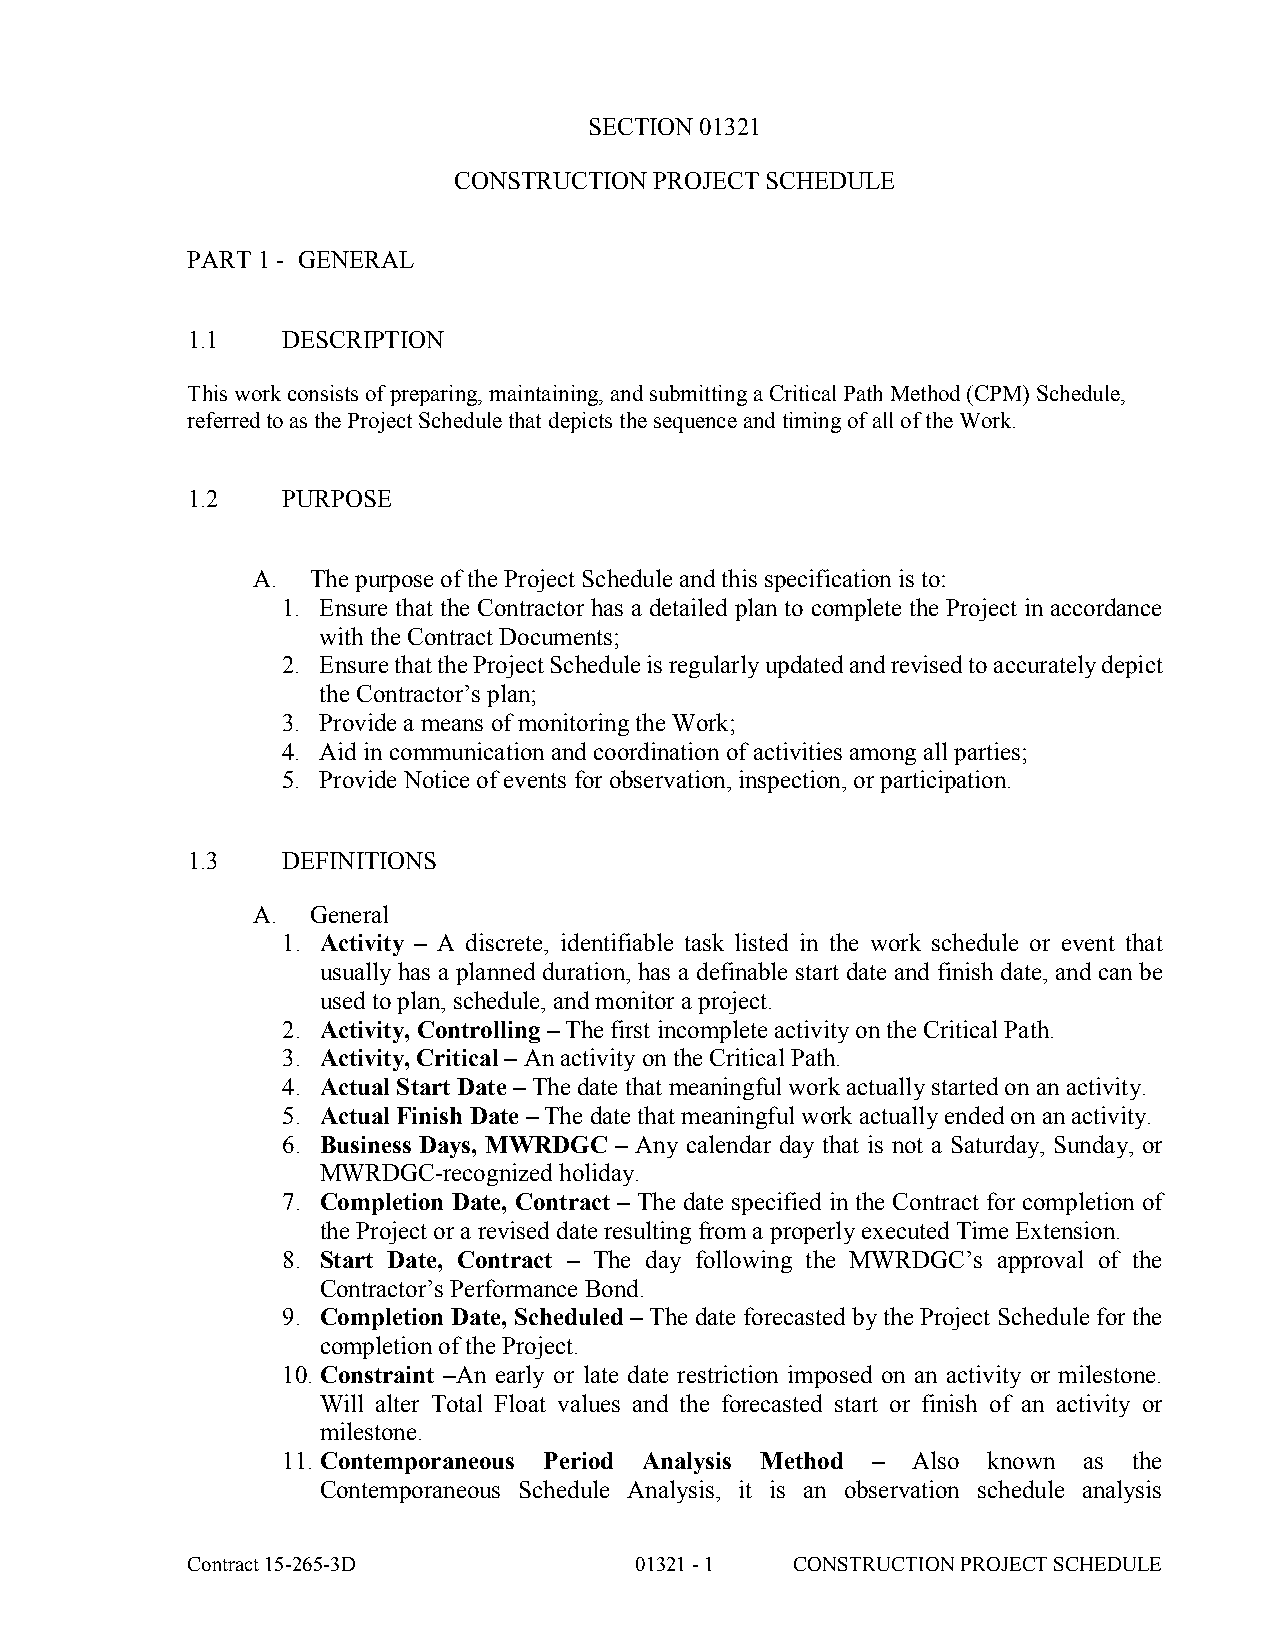
SECTION 01321
 CONSTRUCTION PROJECT SCHEDULE
 PART 1 - GENERAL
 1.1    DESCRIPTION
 This work consists of preparing, maintaining, and submitting a Critical Path Method (CPM) Schedule,
 referred to as the Project Schedule that depicts the sequence and timing of all of the Work.
 1.2    PURPOSE
 A.  The purpose of the Project Schedule and this specification is to:
 1. Ensure that the Contractor has a detailed plan to complete the Project in accordance
 with the Contract Documents;
 2. Ensure that the Project Schedule is regularly updated and revised to accurately depict
 the Contractor’s plan;
 3. Provide a means of monitoring the Work;
 4. Aid in communication and coordination of activities among all parties;
 5. Provide Notice of events for observation, inspection, or participation.
 1.3    DEFINITIONS
 A.  General
 1. Activity – A discrete, identifiable task listed in the work schedule or event that
 usually has a planned duration, has a definable start date and finish date, and can be
 used to plan, schedule, and monitor a project.
 2. Activity, Controlling – The first incomplete activity on the Critical Path.
 3. Activity, Critical – An activity on the Critical Path.
 4. Actual Start Date – The date that meaningful work actually started on an activity.
 5. Actual Finish Date – The date that meaningful work actually ended on an activity.
 6. Business Days, MWRDGC – Any calendar day that is not a Saturday, Sunday, or
 MWRDGC-recognized holiday.
 7. Completion Date, Contract – The date specified in the Contract for completion of
 the Project or a revised date resulting from a properly executed Time Extension.
 8. Start Date, Contract – The day following the MWRDGC’s approval of the
 Contractor’s Performance Bond.
 9. Completion Date, Scheduled – The date forecasted by the Project Schedule for the
 completion of the Project.
 10. Constraint –An early or late date restriction imposed on an activity or milestone.
 Will alter Total Float values and the forecasted start or finish of an activity or
 milestone.
 11. Contemporaneous Period Analysis Method – Also known as the
 Contemporaneous Schedule Analysis, it is an observation schedule analysis
 Contract 15-265-3D            01321 - 1  CONSTRUCTION PROJECT SCHEDULE